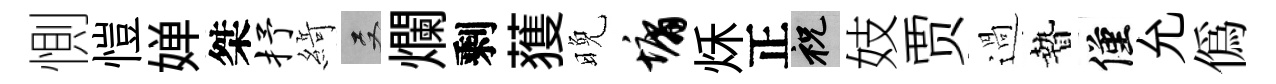
惻愷婵桀抒𦂶双爛剩𫉬晚墉秌正祝妓贾過贄僅允偽